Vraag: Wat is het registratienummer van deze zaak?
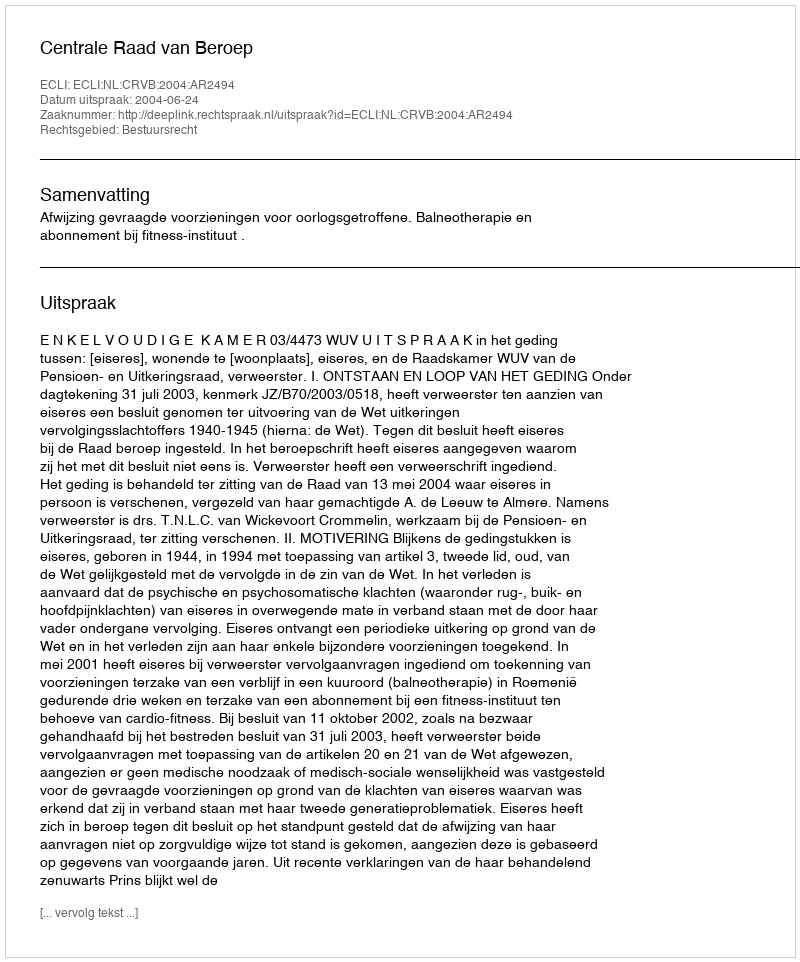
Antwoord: http://deeplink.rechtspraak.nl/uitspraak?id=ECLI:NL:CRVB:2004:AR2494